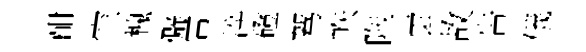
酣空槐僻霄淬磴驾帙陁雲故告儀